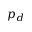
p _ { d }